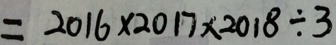
= 2 0 1 6 \times 2 0 1 7 \times 2 0 1 8 \div 3